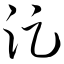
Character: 浞